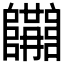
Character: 𨽝